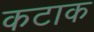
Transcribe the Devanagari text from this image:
कटाक